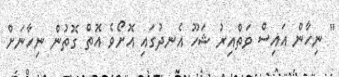
'' ނިހާން އައިސް ވަތްއިރު ޝަހޫ އެނދުގައި އޮށޯވެ އޮތް ގޮތުން ނިހާނަށް